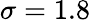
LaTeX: \sigma=1.8